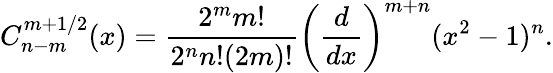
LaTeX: C_{n-m}^{m+1/2}(x)=\frac{2^{m}m!}{2^{n}n!(2m)!}\left(\frac{d}{dx}\right)^{m+n}(x^{2}-1)^{n}.